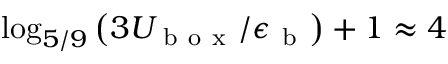
\log _ { 5 / 9 } \left( 3 U _ { \mathrm { ~ b ~ o ~ x ~ } } / \epsilon _ { \mathrm { ~ b ~ } } \right) + 1 \approx 4